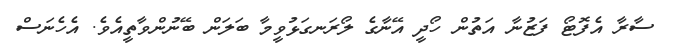
ސާރާ އެފޮޓޯ ފަޒުނާ އަތުން ހޯދީ އޭނާގެ ލޯރަނގަޅުވީމާ ބަލަން ބޭނުންވާތީއެވެ. އެހެނަސް